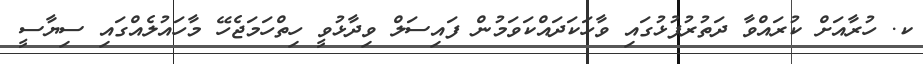
ކ. ހުރާއަށް ކުރައްވާ ދަތުރުފުޅުގައި ވާހަކަދައްކަވަމުން ފައިސަލް ވިދާޅުވީ ހިތްހަމަޖެހޭ މާހައުލެއްގައި ސިޔާސީ